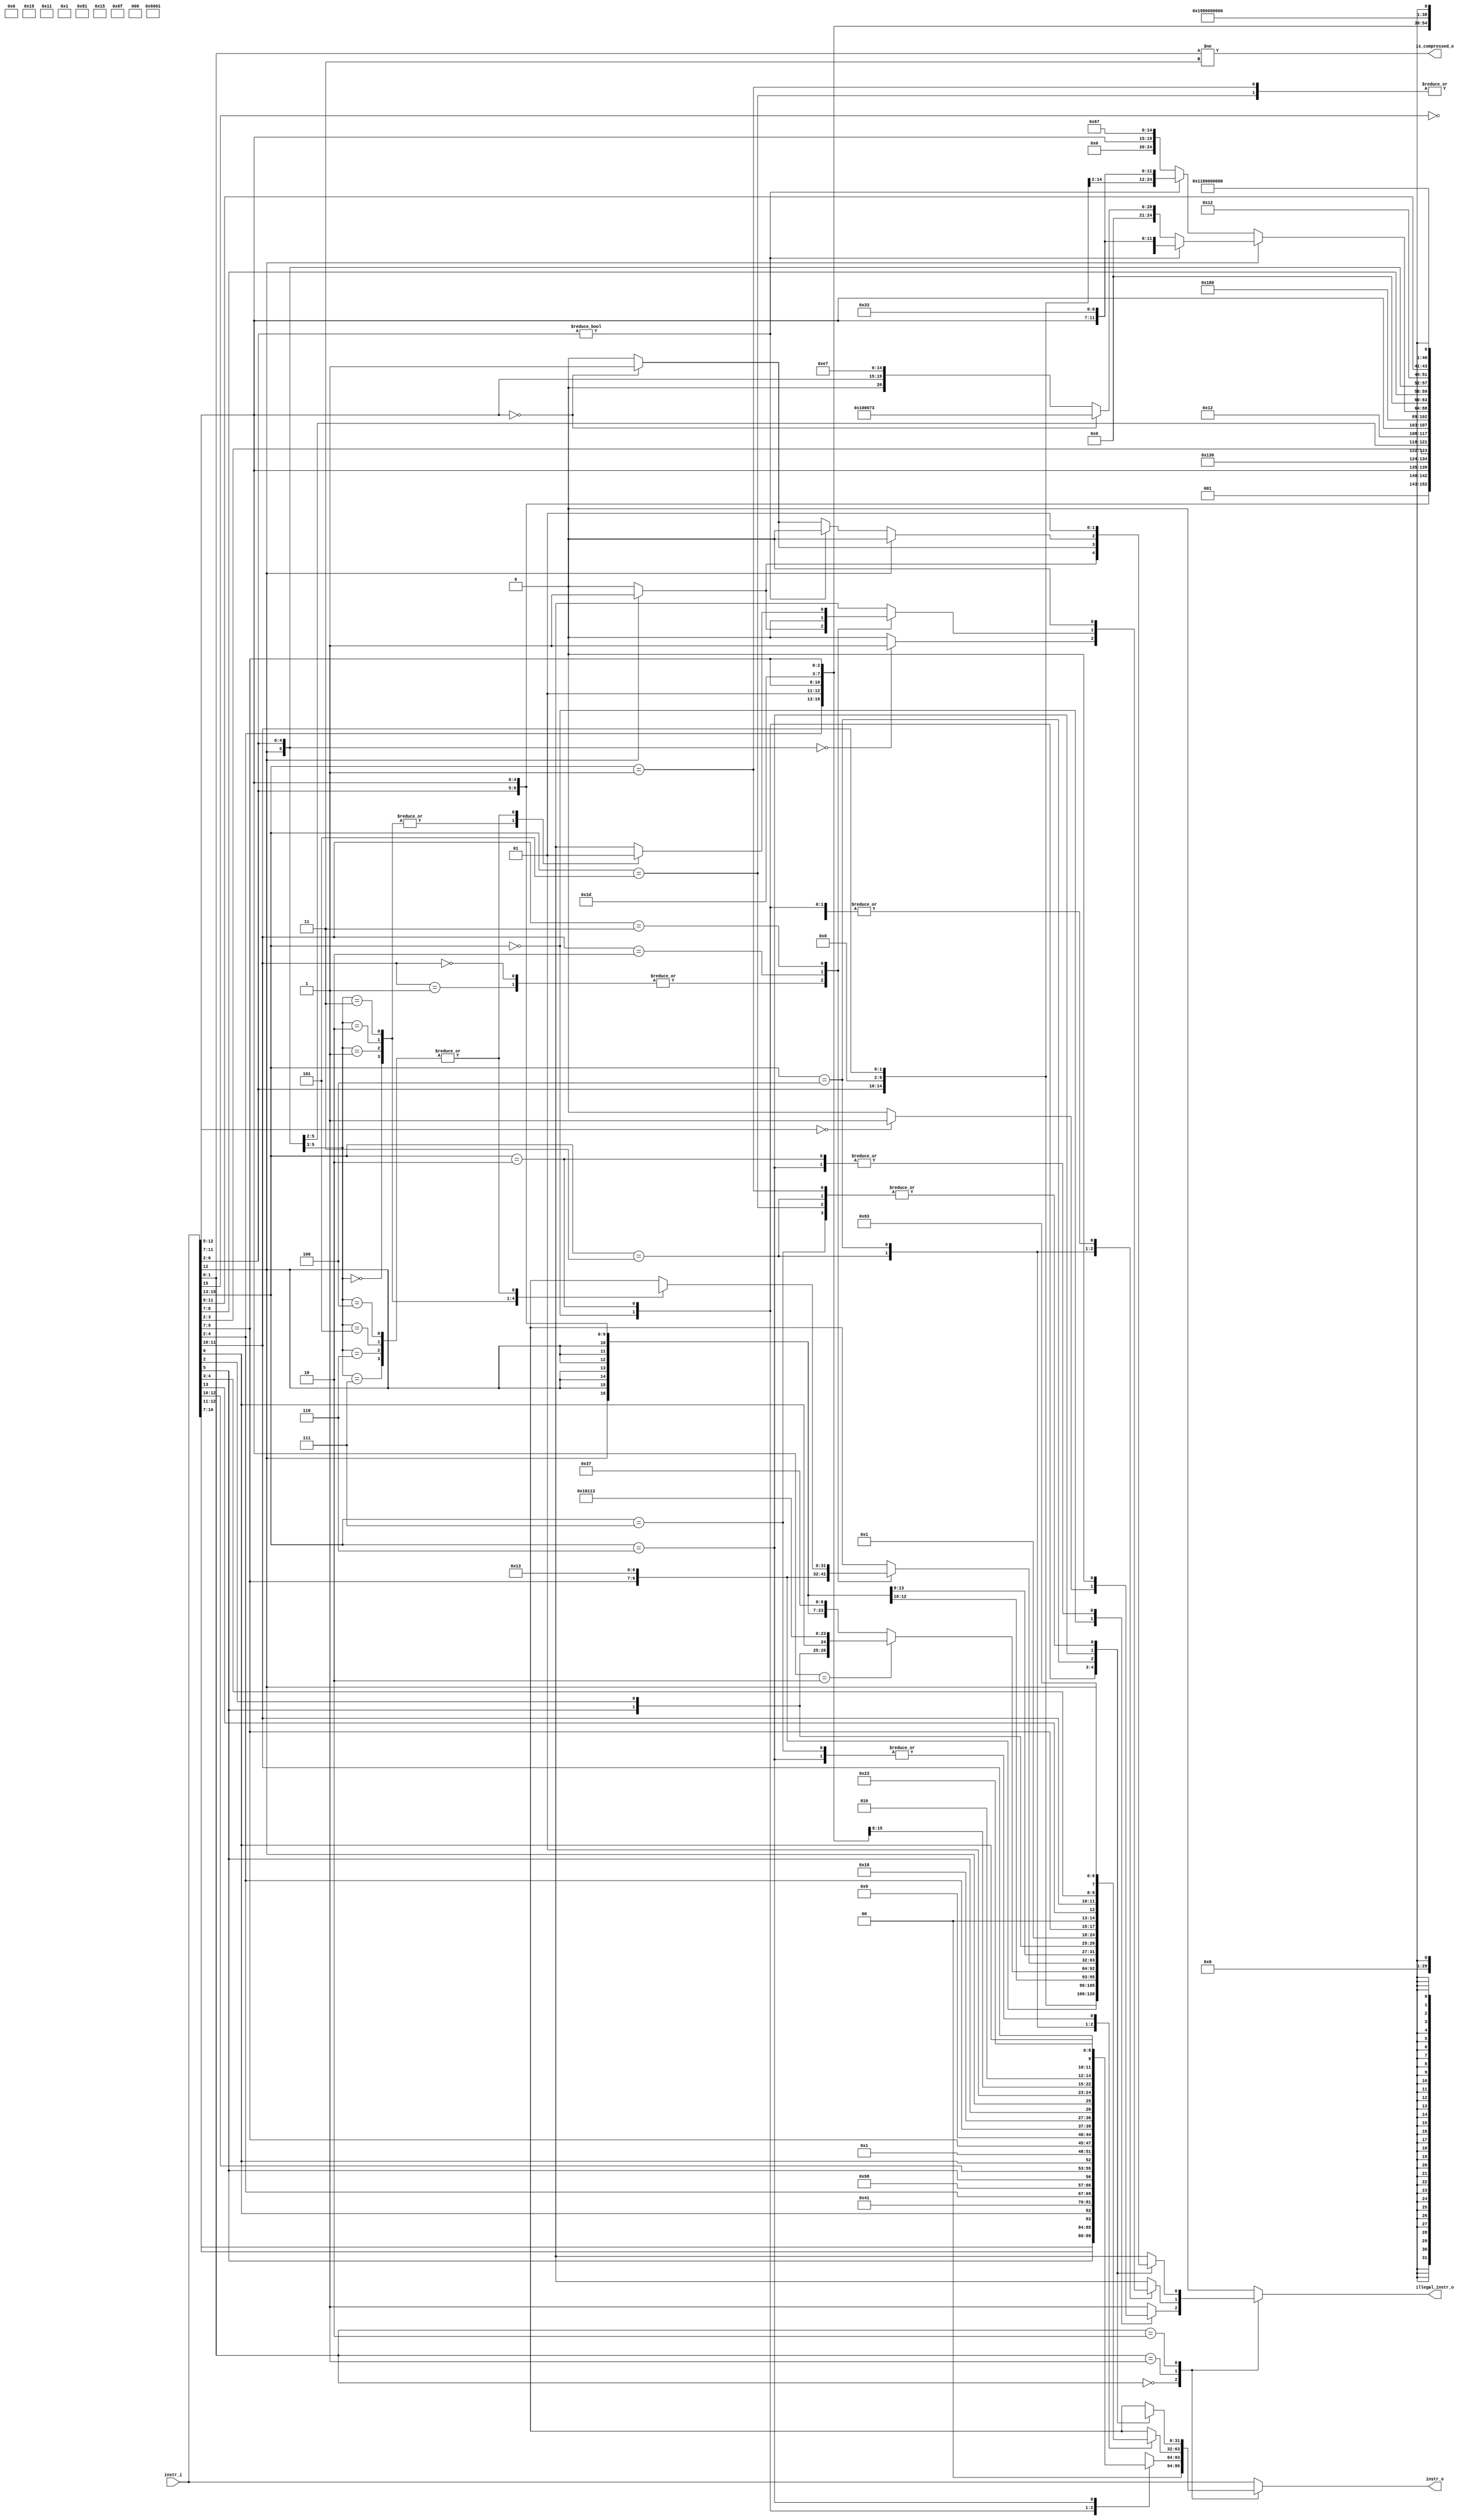
module ibex_compressed_decoder (
	instr_i,
	instr_o,
	is_compressed_o,
	illegal_instr_o
);
	input wire [31:0] instr_i;
	output reg [31:0] instr_o;
	output wire is_compressed_o;
	output reg illegal_instr_o;
localparam   OPCODE_LOAD     = 7'h03;
localparam   OPCODE_MISC_MEM = 7'h0f;
localparam   OPCODE_OP_IMM   = 7'h13;
localparam   OPCODE_AUIPC    = 7'h17;
localparam   OPCODE_STORE    = 7'h23;
localparam   OPCODE_OP       = 7'h33;
localparam   OPCODE_LUI      = 7'h37;
localparam   OPCODE_BRANCH   = 7'h63;
localparam   OPCODE_JALR     = 7'h67;
localparam   OPCODE_JAL      = 7'h6f;
localparam   OPCODE_SYSTEM   = 7'h73;


////////////////////
// ALU operations //
////////////////////

  // Arithmetics
localparam   ALU_ADD = 5'h0;
localparam   ALU_SUB = 5'h1;

  // Logics
localparam   ALU_XOR = 5'h2;
localparam   ALU_OR = 5'h3;
localparam   ALU_AND = 5'h4;

  // Shifts
localparam   ALU_SRA = 5'h5;
localparam   ALU_SRL = 5'h6;
localparam   ALU_SLL = 5'h7;

  // Comparisons
localparam   ALU_LT = 5'h8;
localparam   ALU_LTU = 5'h9;
localparam   ALU_GE = 5'ha;
localparam   ALU_GEU = 5'hb;
localparam   ALU_EQ = 5'hc;
localparam   ALU_NE = 5'hd;

  // Set lower than
localparam   ALU_SLT = 5'he;
localparam   ALU_SLTU = 5'hf;

  // Multiplier/divider
localparam   MD_OP_MULL = 2'h0;
localparam   MD_OP_MULH = 2'h1;
localparam   MD_OP_DIV = 2'h2;
localparam   MD_OP_REM = 2'h3;


//////////////////////////////////
// Control and status registers //
//////////////////////////////////

// CSR operations
localparam   CSR_OP_READ = 2'h0;
localparam   CSR_OP_WRITE = 2'h1;
localparam   CSR_OP_SET = 2'h2;
localparam   CSR_OP_CLEAR = 2'h3;


// Privileged mode
localparam   PRIV_LVL_M = 2'b11;
localparam   PRIV_LVL_H = 2'b10;
localparam   PRIV_LVL_S = 2'b01;
localparam   PRIV_LVL_U = 2'b00;

// Constants for the dcsr.xdebugver fields
localparam    XDEBUGVER_NO     = 4'd0; // no external debug support
localparam    XDEBUGVER_STD    = 4'd4; // external debug according to RISC-V debug spec
localparam    XDEBUGVER_NONSTD = 4'd15; // debug not conforming to RISC-V debug spec


//////////////
// ID stage //
//////////////

// Operand a selection
localparam   OP_A_REG_A = 2'h0;
localparam   OP_A_FWD = 2'h1;
localparam   OP_A_CURRPC = 2'h2;
localparam   OP_A_IMM = 2'h3;

// Immediate a selection
localparam   IMM_A_Z = 1'b0;
localparam   IMM_A_ZERO = 1'b1;

// Operand b selection
localparam   OP_B_REG_B = 1'b0;
localparam   OP_B_IMM = 1'b1;

// Immediate b selection
localparam   IMM_B_I = 3'h0;
localparam   IMM_B_S = 3'h1;
localparam   IMM_B_B = 3'h2;
localparam   IMM_B_U = 3'h3;
localparam   IMM_B_J = 3'h4;
localparam   IMM_B_INCR_PC = 3'h4;
localparam   IMM_B_INCR_ADDR = 3'h5;

// Regfile write data selection
localparam   RF_WD_LSU = 2'h0;
localparam   RF_WD_EX = 2'h1;
localparam   RF_WD_CSR = 2'h2;

//////////////
// IF stage //
//////////////

// PC mux selection
localparam   PC_BOOT = 3'h0;
localparam   PC_JUMP = 3'h1;
localparam   PC_EXC = 3'h2;
localparam   PC_ERET = 3'h3;
localparam   PC_DRET = 3'h4;

// Exception PC mux selection
localparam   EXC_PC_EXC = 2'h0;
localparam   EXC_PC_IRQ = 2'h1;
localparam   EXC_PC_DBD = 2'h2;
localparam   EXC_PC_DBG_EXC = 2'h3; // Exception while in debug mode

// Exception cause
localparam   EXC_CAUSE_IRQ_SOFTWARE_M     = {1'b1, 5'd03};
localparam   EXC_CAUSE_IRQ_TIMER_M        = {1'b1, 5'd07};
localparam   EXC_CAUSE_IRQ_EXTERNAL_M     = {1'b1, 5'd11};
  // EXC_CAUSE_IRQ_FAST_0      = {1'b1, 5'd16};
  // EXC_CAUSE_IRQ_FAST_14     = {1'b1, 5'd30};
localparam   EXC_CAUSE_IRQ_NM             = {1'b1, 5'd31}; // == EXC_CAUSE_IRQ_FAST_15
localparam   EXC_CAUSE_INSN_ADDR_MISA     = {1'b0, 5'd00};
localparam   EXC_CAUSE_INSTR_ACCESS_FAULT = {1'b0, 5'd01};
localparam   EXC_CAUSE_ILLEGAL_INSN       = {1'b0, 5'd02};
localparam   EXC_CAUSE_BREAKPOINT         = {1'b0, 5'd03};
localparam   EXC_CAUSE_LOAD_ACCESS_FAULT  = {1'b0, 5'd05};
localparam   EXC_CAUSE_STORE_ACCESS_FAULT = {1'b0, 5'd07};
localparam   EXC_CAUSE_ECALL_UMODE        = {1'b0, 5'd08};
localparam   EXC_CAUSE_ECALL_MMODE        = {1'b0, 5'd11};

// Debug cause
localparam   DBG_CAUSE_NONE    = 3'h0;
localparam   DBG_CAUSE_EBREAK  = 3'h1;
localparam   DBG_CAUSE_TRIGGER = 3'h2;
localparam   DBG_CAUSE_HALTREQ = 3'h3;
localparam   DBG_CAUSE_STEP    = 3'h4;

// PMP constants
parameter   PMP_MAX_REGIONS      = 16;
parameter   PMP_CFG_W            = 8;

// PMP acces type
parameter   PMP_I = 0;
parameter   PMP_D = 1;

localparam   PMP_ACC_EXEC    = 2'b00;
localparam   PMP_ACC_WRITE   = 2'b01;
localparam   PMP_ACC_READ    = 2'b10;

// PMP cfg structures
localparam   PMP_MODE_OFF   = 2'b00;
localparam   PMP_MODE_TOR   = 2'b01;
localparam   PMP_MODE_NA4   = 2'b10;
localparam   PMP_MODE_NAPOT = 2'b11;

//typedef struct packed {
//  logic          lock;
//  pmp_cfg_mode_e mode;
//  logic          exec;
//  logic          write;
//  logic          read;

// CSRs
  // Machine information
localparam   CSR_MHARTID   = 12'hF14;

  // Machine trap setup
localparam   CSR_MSTATUS   = 12'h300;
localparam   CSR_MISA      = 12'h301;
localparam   CSR_MIE       = 12'h304;
localparam   CSR_MTVEC     = 12'h305;

  // Machine trap handling
localparam   CSR_MSCRATCH  = 12'h340;
localparam   CSR_MEPC      = 12'h341;
localparam   CSR_MCAUSE    = 12'h342;
localparam   CSR_MTVAL     = 12'h343;
localparam   CSR_MIP       = 12'h344;

  // Physical memory protection
localparam   CSR_PMPCFG0   = 12'h3A0;
localparam   CSR_PMPCFG1   = 12'h3A1;
localparam   CSR_PMPCFG2   = 12'h3A2;
localparam   CSR_PMPCFG3   = 12'h3A3;
localparam   CSR_PMPADDR0  = 12'h3B0;
localparam   CSR_PMPADDR1  = 12'h3B1;
localparam   CSR_PMPADDR2  = 12'h3B2;
localparam   CSR_PMPADDR3  = 12'h3B3;
localparam   CSR_PMPADDR4  = 12'h3B4;
localparam   CSR_PMPADDR5  = 12'h3B5;
localparam   CSR_PMPADDR6  = 12'h3B6;
localparam   CSR_PMPADDR7  = 12'h3B7;
localparam   CSR_PMPADDR8  = 12'h3B8;
localparam   CSR_PMPADDR9  = 12'h3B9;
localparam   CSR_PMPADDR10 = 12'h3BA;
localparam   CSR_PMPADDR11 = 12'h3BB;
localparam   CSR_PMPADDR12 = 12'h3BC;
localparam   CSR_PMPADDR13 = 12'h3BD;
localparam   CSR_PMPADDR14 = 12'h3BE;
localparam   CSR_PMPADDR15 = 12'h3BF;

  // Debug/trace
localparam   CSR_DCSR      = 12'h7b0;
localparam   CSR_DPC       = 12'h7b1;

  // Debug
localparam   CSR_DSCRATCH0 = 12'h7b2; // optional
localparam   CSR_DSCRATCH1 = 12'h7b3; // optional

  // Machine Counter/Timers
localparam   CSR_MCOUNTINHIBIT  = 12'h320;
localparam   CSR_MHPMEVENT3     = 12'h323;
localparam   CSR_MHPMEVENT4     = 12'h324;
localparam   CSR_MHPMEVENT5     = 12'h325;
localparam   CSR_MHPMEVENT6     = 12'h326;
localparam   CSR_MHPMEVENT7     = 12'h327;
localparam   CSR_MHPMEVENT8     = 12'h328;
localparam   CSR_MHPMEVENT9     = 12'h329;
localparam   CSR_MHPMEVENT10    = 12'h32A;
localparam   CSR_MHPMEVENT11    = 12'h32B;
localparam   CSR_MHPMEVENT12    = 12'h32C;
localparam   CSR_MHPMEVENT13    = 12'h32D;
localparam   CSR_MHPMEVENT14    = 12'h32E;
localparam   CSR_MHPMEVENT15    = 12'h32F;
localparam   CSR_MHPMEVENT16    = 12'h330;
localparam   CSR_MHPMEVENT17    = 12'h331;
localparam   CSR_MHPMEVENT18    = 12'h332;
localparam   CSR_MHPMEVENT19    = 12'h333;
localparam   CSR_MHPMEVENT20    = 12'h334;
localparam   CSR_MHPMEVENT21    = 12'h335;
localparam   CSR_MHPMEVENT22    = 12'h336;
localparam   CSR_MHPMEVENT23    = 12'h337;
localparam   CSR_MHPMEVENT24    = 12'h338;
localparam   CSR_MHPMEVENT25    = 12'h339;
localparam   CSR_MHPMEVENT26    = 12'h33A;
localparam   CSR_MHPMEVENT27    = 12'h33B;
localparam   CSR_MHPMEVENT28    = 12'h33C;
localparam   CSR_MHPMEVENT29    = 12'h33D;
localparam   CSR_MHPMEVENT30    = 12'h33E;
localparam   CSR_MHPMEVENT31    = 12'h33F;
localparam   CSR_MCYCLE         = 12'hB00;
localparam   CSR_MINSTRET       = 12'hB02;
localparam   CSR_MHPMCOUNTER3   = 12'hB03;
localparam   CSR_MHPMCOUNTER4   = 12'hB04;
localparam   CSR_MHPMCOUNTER5   = 12'hB05;
localparam   CSR_MHPMCOUNTER6   = 12'hB06;
localparam   CSR_MHPMCOUNTER7   = 12'hB07;
localparam   CSR_MHPMCOUNTER8   = 12'hB08;
localparam   CSR_MHPMCOUNTER9   = 12'hB09;
localparam   CSR_MHPMCOUNTER10  = 12'hB0A;
localparam   CSR_MHPMCOUNTER11  = 12'hB0B;
localparam   CSR_MHPMCOUNTER12  = 12'hB0C;
localparam   CSR_MHPMCOUNTER13  = 12'hB0D;
localparam   CSR_MHPMCOUNTER14  = 12'hB0E;
localparam   CSR_MHPMCOUNTER15  = 12'hB0F;
localparam   CSR_MHPMCOUNTER16  = 12'hB10;
localparam   CSR_MHPMCOUNTER17  = 12'hB11;
localparam   CSR_MHPMCOUNTER18  = 12'hB12;
localparam   CSR_MHPMCOUNTER19  = 12'hB13;
localparam   CSR_MHPMCOUNTER20  = 12'hB14;
localparam   CSR_MHPMCOUNTER21  = 12'hB15;
localparam   CSR_MHPMCOUNTER22  = 12'hB16;
localparam   CSR_MHPMCOUNTER23  = 12'hB17;
localparam   CSR_MHPMCOUNTER24  = 12'hB18;
localparam   CSR_MHPMCOUNTER25  = 12'hB19;
localparam   CSR_MHPMCOUNTER26  = 12'hB1A;
localparam   CSR_MHPMCOUNTER27  = 12'hB1B;
localparam   CSR_MHPMCOUNTER28  = 12'hB1C;
localparam   CSR_MHPMCOUNTER29  = 12'hB1D;
localparam   CSR_MHPMCOUNTER30  = 12'hB1E;
localparam   CSR_MHPMCOUNTER31  = 12'hB1F;
localparam   CSR_MCYCLEH        = 12'hB80;
localparam   CSR_MINSTRETH      = 12'hB82;
localparam   CSR_MHPMCOUNTER3H  = 12'hB83;
localparam   CSR_MHPMCOUNTER4H  = 12'hB84;
localparam   CSR_MHPMCOUNTER5H  = 12'hB85;
localparam   CSR_MHPMCOUNTER6H  = 12'hB86;
localparam   CSR_MHPMCOUNTER7H  = 12'hB87;
localparam   CSR_MHPMCOUNTER8H  = 12'hB88;
localparam   CSR_MHPMCOUNTER9H  = 12'hB89;
localparam   CSR_MHPMCOUNTER10H = 12'hB8A;
localparam   CSR_MHPMCOUNTER11H = 12'hB8B;
localparam   CSR_MHPMCOUNTER12H = 12'hB8C;
localparam   CSR_MHPMCOUNTER13H = 12'hB8D;
localparam   CSR_MHPMCOUNTER14H = 12'hB8E;
localparam   CSR_MHPMCOUNTER15H = 12'hB8F;
localparam   CSR_MHPMCOUNTER16H = 12'hB90;
localparam   CSR_MHPMCOUNTER17H = 12'hB91;
localparam   CSR_MHPMCOUNTER18H = 12'hB92;
localparam   CSR_MHPMCOUNTER19H = 12'hB93;
localparam   CSR_MHPMCOUNTER20H = 12'hB94;
localparam   CSR_MHPMCOUNTER21H = 12'hB95;
localparam   CSR_MHPMCOUNTER22H = 12'hB96;
localparam   CSR_MHPMCOUNTER23H = 12'hB97;
localparam   CSR_MHPMCOUNTER24H = 12'hB98;
localparam   CSR_MHPMCOUNTER25H = 12'hB99;
localparam   CSR_MHPMCOUNTER26H = 12'hB9A;
localparam   CSR_MHPMCOUNTER27H = 12'hB9B;
localparam   CSR_MHPMCOUNTER28H = 12'hB9C;
localparam   CSR_MHPMCOUNTER29H = 12'hB9D;
localparam   CSR_MHPMCOUNTER30H = 12'hB9E;
localparam   CSR_MHPMCOUNTER31H = 12'hB9F;

// CSR pmp-related offsets
parameter [11:0] CSR_OFF_PMP_CFG  = 12'h3A0; // pmp_cfg  @ 12'h3a0 - 12'h3a3
parameter [11:0] CSR_OFF_PMP_ADDR = 12'h3B0; // pmp_addr @ 12'h3b0 - 12'h3bf

// CSR status bits
parameter   CSR_MSTATUS_MIE_BIT      = 3;
parameter   CSR_MSTATUS_MPIE_BIT     = 7;
parameter   CSR_MSTATUS_MPP_BIT_LOW  = 11;
parameter   CSR_MSTATUS_MPP_BIT_HIGH = 12;
parameter   CSR_MSTATUS_MPRV_BIT     = 17;
parameter   CSR_MSTATUS_TW_BIT       = 21;

// CSR errupt pending/enable  int bits
parameter   CSR_MSIX_BIT      = 3;
parameter   CSR_MTIX_BIT      = 7;
parameter   CSR_MEIX_BIT      = 11;
parameter   CSR_MFIX_BIT_LOW  = 16;
parameter   CSR_MFIX_BIT_HIGH = 30;

	always @(*) begin
		illegal_instr_o = 1'b0;
		instr_o = 1'bX;
		case (instr_i[1:0])
			2'b00:
				case (instr_i[15:13])
					3'b000: begin
						instr_o = {2'b0, instr_i[10:7], instr_i[12:11], instr_i[5], instr_i[6], 2'b00, 5'h02, 3'b000, 2'b01, instr_i[4:2], OPCODE_OP_IMM};
						if ((instr_i[12:5] == 8'b0))
							illegal_instr_o = 1'b1;
					end
					3'b010: instr_o = {5'b0, instr_i[5], instr_i[12:10], instr_i[6], 2'b00, 2'b01, instr_i[9:7], 3'b010, 2'b01, instr_i[4:2], OPCODE_LOAD};
					3'b110: instr_o = {5'b0, instr_i[5], instr_i[12], 2'b01, instr_i[4:2], 2'b01, instr_i[9:7], 3'b010, instr_i[11:10], instr_i[6], 2'b00, OPCODE_STORE};
					default: illegal_instr_o = 1'b1;
				endcase
			2'b01:
				case (instr_i[15:13])
					3'b000: instr_o = {{6 {instr_i[12]}}, instr_i[12], instr_i[6:2], instr_i[11:7], 3'b0, instr_i[11:7], OPCODE_OP_IMM};
					3'b001, 3'b101: instr_o = {instr_i[12], instr_i[8], instr_i[10:9], instr_i[6], instr_i[7], instr_i[2], instr_i[11], instr_i[5:3], {9 {instr_i[12]}}, 4'b0, ~instr_i[15], OPCODE_JAL};
					3'b010: instr_o = {{6 {instr_i[12]}}, instr_i[12], instr_i[6:2], 5'b0, 3'b0, instr_i[11:7], OPCODE_OP_IMM};
					3'b011: begin
						instr_o = {{15 {instr_i[12]}}, instr_i[6:2], instr_i[11:7], OPCODE_LUI};
						if ((instr_i[11:7] == 5'h02))
							instr_o = {{3 {instr_i[12]}}, instr_i[4:3], instr_i[5], instr_i[2], instr_i[6], 4'b0, 5'h02, 3'b000, 5'h02, OPCODE_OP_IMM};
						if (({instr_i[12], instr_i[6:2]} == 6'b0))
							illegal_instr_o = 1'b1;
					end
					3'b100:
						case (instr_i[11:10])
							2'b00, 2'b01: begin
								instr_o = {1'b0, instr_i[10], 5'b0, instr_i[6:2], 2'b01, instr_i[9:7], 3'b101, 2'b01, instr_i[9:7], OPCODE_OP_IMM};
								if ((instr_i[12] == 1'b1))
									illegal_instr_o = 1'b1;
							end
							2'b10: instr_o = {{6 {instr_i[12]}}, instr_i[12], instr_i[6:2], 2'b01, instr_i[9:7], 3'b111, 2'b01, instr_i[9:7], OPCODE_OP_IMM};
							2'b11:
								case ({instr_i[12], instr_i[6:5]})
									3'b000: instr_o = {2'b01, 5'b0, 2'b01, instr_i[4:2], 2'b01, instr_i[9:7], 3'b000, 2'b01, instr_i[9:7], OPCODE_OP};
									3'b001: instr_o = {7'b0, 2'b01, instr_i[4:2], 2'b01, instr_i[9:7], 3'b100, 2'b01, instr_i[9:7], OPCODE_OP};
									3'b010: instr_o = {7'b0, 2'b01, instr_i[4:2], 2'b01, instr_i[9:7], 3'b110, 2'b01, instr_i[9:7], OPCODE_OP};
									3'b011: instr_o = {7'b0, 2'b01, instr_i[4:2], 2'b01, instr_i[9:7], 3'b111, 2'b01, instr_i[9:7], OPCODE_OP};
									3'b100, 3'b101, 3'b110, 3'b111: illegal_instr_o = 1'b1;
									default: illegal_instr_o = 1'bX;
								endcase
							default: illegal_instr_o = 1'bX;
						endcase
					3'b110, 3'b111: instr_o = {{4 {instr_i[12]}}, instr_i[6:5], instr_i[2], 5'b0, 2'b01, instr_i[9:7], 2'b00, instr_i[13], instr_i[11:10], instr_i[4:3], instr_i[12], OPCODE_BRANCH};
					default: illegal_instr_o = 1'bX;
				endcase
			2'b10:
				case (instr_i[15:13])
					3'b000: begin
						instr_o = {7'b0, instr_i[6:2], instr_i[11:7], 3'b001, instr_i[11:7], OPCODE_OP_IMM};
						if ((instr_i[12] == 1'b1))
							illegal_instr_o = 1'b1;
					end
					3'b010: begin
						instr_o = {4'b0, instr_i[3:2], instr_i[12], instr_i[6:4], 2'b00, 5'h02, 3'b010, instr_i[11:7], OPCODE_LOAD};
						if ((instr_i[11:7] == 5'b0))
							illegal_instr_o = 1'b1;
					end
					3'b100:
						if ((instr_i[12] == 1'b0)) begin
							if ((instr_i[6:2] != 5'b0))
								instr_o = {7'b0, instr_i[6:2], 5'b0, 3'b0, instr_i[11:7], OPCODE_OP};
							else begin
								instr_o = {12'b0, instr_i[11:7], 3'b0, 5'b0, OPCODE_JALR};
								if ((instr_i[11:7] == 5'b0))
									illegal_instr_o = 1'b1;
							end
						end
						else if ((instr_i[6:2] != 5'b0))
							instr_o = {7'b0, instr_i[6:2], instr_i[11:7], 3'b0, instr_i[11:7], OPCODE_OP};
						else if ((instr_i[11:7] == 5'b0))
							instr_o = 32'h00_10_00_73;
						else
							instr_o = {12'b0, instr_i[11:7], 3'b000, 5'b00001, OPCODE_JALR};
					3'b110: instr_o = {4'b0, instr_i[8:7], instr_i[12], instr_i[6:2], 5'h02, 3'b010, instr_i[11:9], 2'b00, OPCODE_STORE};
					3'b001, 3'b011, 3'b101, 3'b111: illegal_instr_o = 1'b1;
					default: illegal_instr_o = 1'bX;
				endcase
			default: instr_o = instr_i;
		endcase
	end
	assign is_compressed_o = (instr_i[1:0] != 2'b11);
endmodule